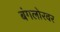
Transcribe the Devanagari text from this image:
बंगलोरवर